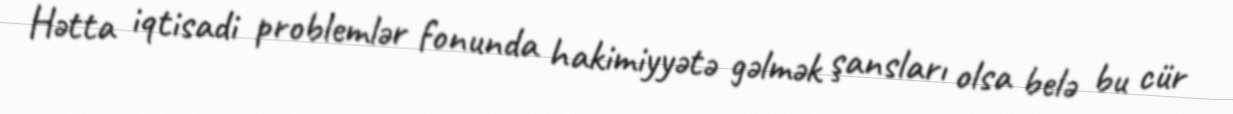
Hətta iqtisadi problemlər fonunda hakimiyyətə gəlmək şansları olsa belə bu cür